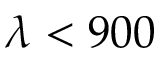
\lambda < 9 0 0